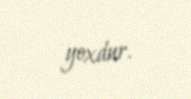
yoxdur.